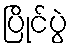
ပြိုင်ပွဲ